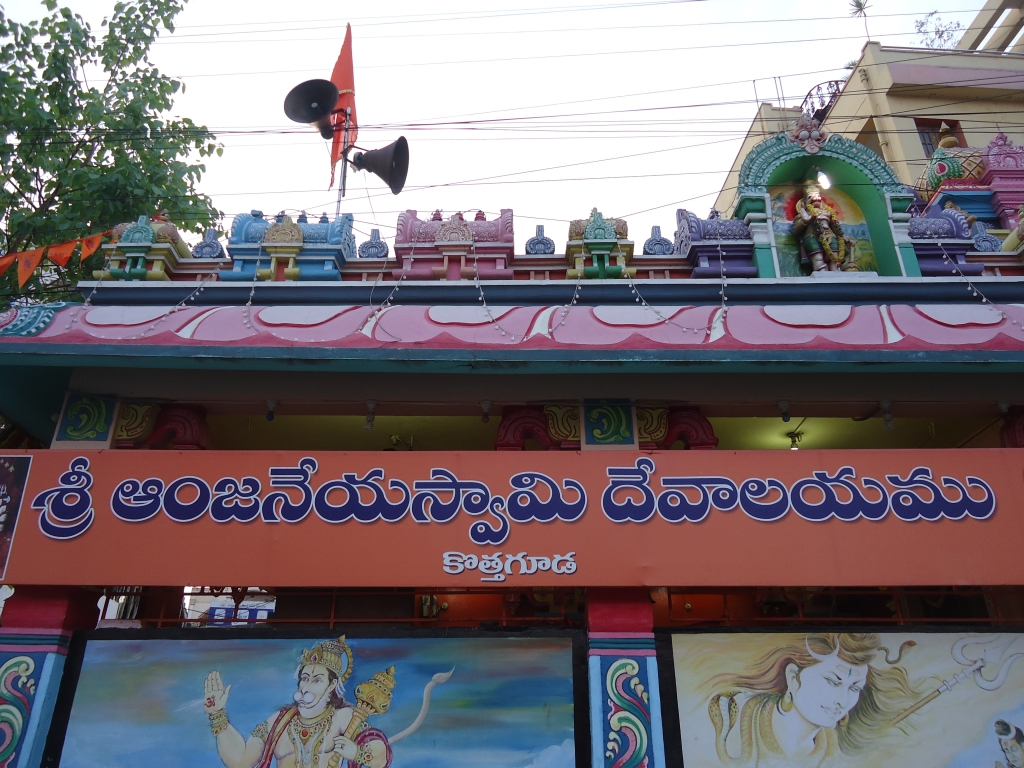
Language: telugu
Transcription: శ్రీ దేవాలయము కోత్తగూడ